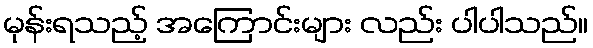
မုန်းရသည့် အကြောင်းများ လည်း ပါပါသည်။